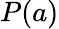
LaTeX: P(a)